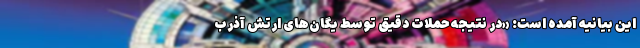
این بیانیه آمده است: «در نتیجه حملات دقیق توسط یگان‌های ارتش آذرب